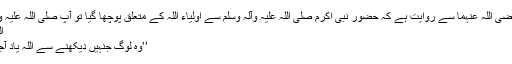
حضرت ابنِ عباس رضی اللہ عنہما سے روایت ہے کہ حضور نبی اکرم صلی اللہ علیہ وآّلہ وسلم سے اولیاء اللہ کے متعلق پوچھا گیا تو آپ صلی اللہ علیہ وآّلہ وسلم نے فرمایا :
الَّذِيْنَ إِذَا رُؤُوْا ذُکِرَ اللهُ.
’’وہ لوگ جنہیں دیکھنے سے اللہ یاد آجائے (اولیاء اللہ ہیں)۔